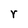
Character: r